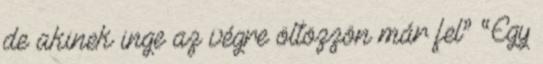
de akinek inge az végre öltözzön már fel” “Egy